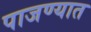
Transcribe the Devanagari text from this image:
पाजण्यात